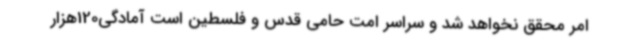
امر محقق نخواهد شد و سراسر امت حامی قدس و فلسطین است آمادگی120هزار